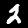
Label: 2